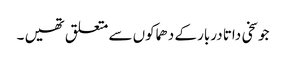
جو سخی داتا دربار کے دھماکوں سے متعلق تھیں ۔